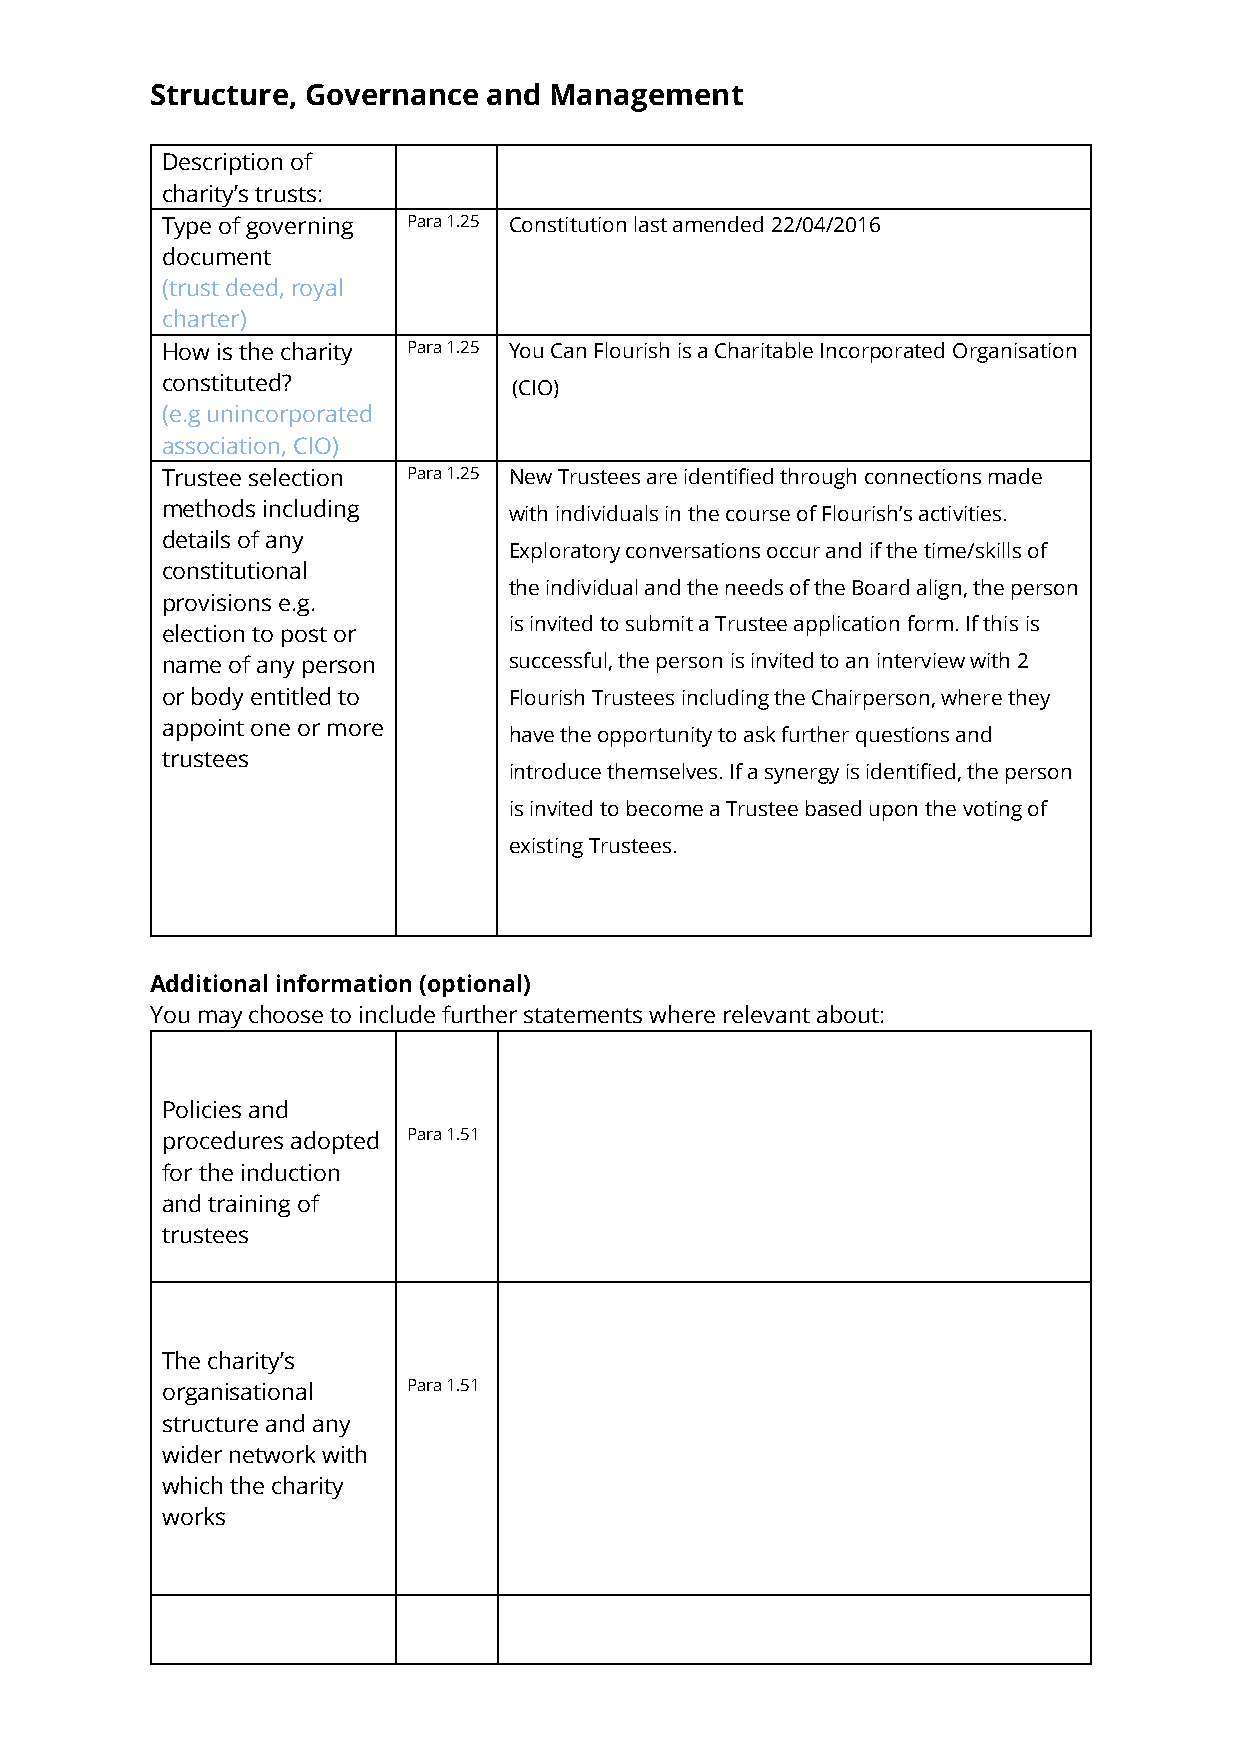
Structure, Governance and Management
 Description of
 charity’s trusts:
 Type of governing Para 1.25 Constitution last amended 22/04/2016
 document
 (trust deed, royal
 charter)
 How is the charity Para 1.25 You Can Flourish is a Charitable Incorporated Organisation
 constituted?           (CIO)
 (e.g unincorporated
 association, CIO)
 Trustee selection Para 1.25 New Trustees are identified through connections made
 methods including      with individuals in the course of Flourish’s activities.
 details of any
 Exploratory conversations occur and if the time/skills of
 constitutional
 the individual and the needs of the Board align, the person
 provisions e.g.
 is invited to submit a Trustee application form. If this is
 election to post or
 name of any person     successful, the person is invited to an interview with 2
 or body entitled to    Flourish Trustees including the Chairperson, where they
 appoint one or more
 have the opportunity to ask further questions and
 trustees
 introduce themselves. If a synergy is identified, the person
 is invited to become a Trustee based upon the voting of
 existing Trustees.
 Additional information (optional)
 You may choose to include further statements where relevant about:
 Policies and
 procedures adopted Para 1.51
 for the induction
 and training of
 trustees
 The charity’s
 organisational  Para 1.51
 structure and any
 wider network with
 which the charity
 works